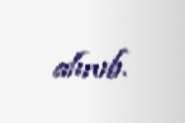
alınıb.